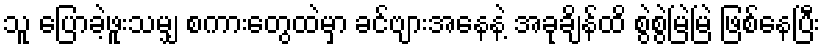
သူ ပြောခဲ့ဖူးသမျှ စကားတွေထဲမှာ ခင်ဗျားအနေနဲ့ အခုချိန်ထိ စွဲစွဲမြဲမြဲ ဖြစ်နေပြီး